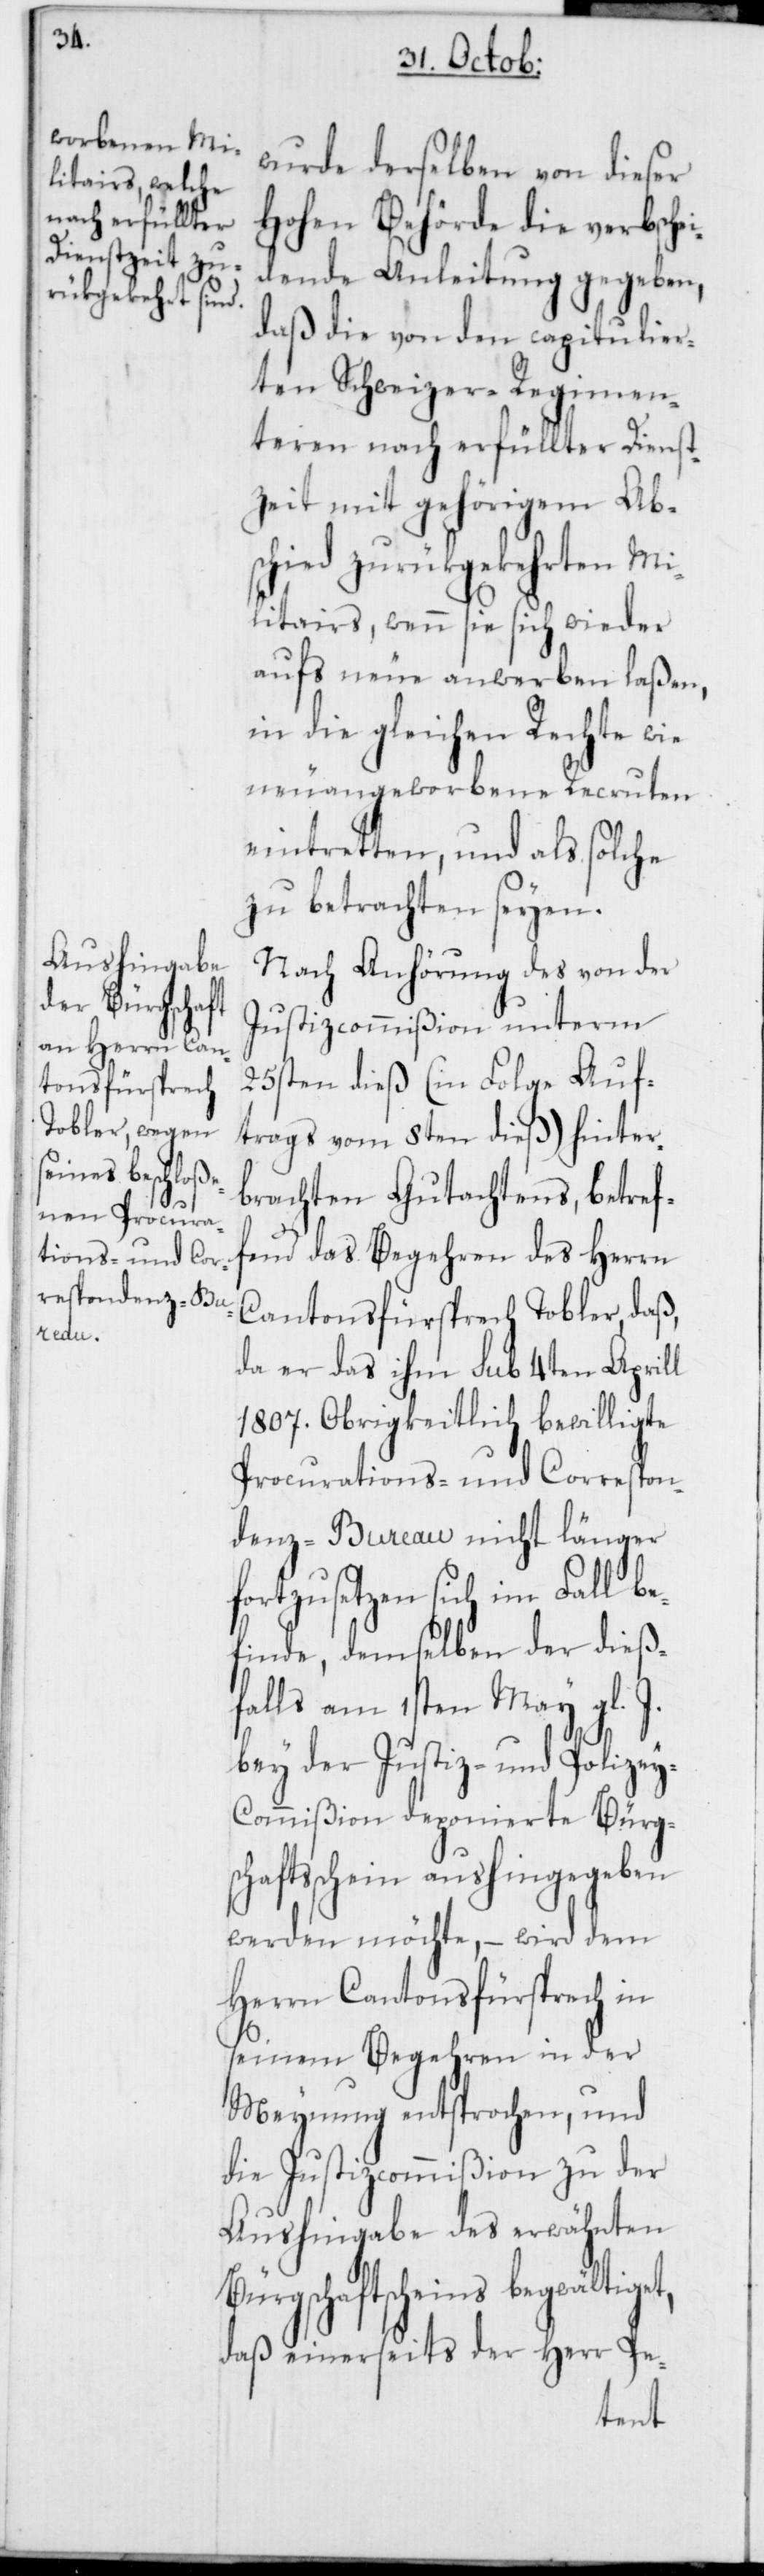
wurde derselben von dieser
Hohen Behörde die verbsche¬
daß die von den capitulier¬
ten Schweizer-Regimen¬
teren nach erfüllter Dienst¬
zeit mit gehörigem Abs¬
chied zurükgekehrten Mi¬
litairs, wenn sie sich wieder
aufs neue anwerben laßen,
in die gleichen Rechte wie
neuangeworbene Recruten
eintretten, und als solche
zu betrachten seyen.
Nach Anhörung des von der
Justizcommißion unterm
25sten dieß (in Folge Auf¬
trags vom 8ten dieß) hinter¬
brachten Gutachtens, betref¬
Cantonsfürsprech Tobler, daß,
da er das ihm sub 4ten Aprill
1807. Obrigkeitlich bewilligte
Procurations- und Correspon¬
denz-Bureau nicht länger
fortzusetzen sich im Fall be¬
finde, demselben der dieß¬
falls am 1sten May gl. J.
bey der Justiz- und Polize¬
y-Commißion deponierte Bürg¬
schaftsschein aushingegeben
werden möchte, – wird dem
Herrn Cantonsfürsprech in
seinem Begehren in der
Meynung entsprochen, und
die Justizcommißion zu der
Aushingabe des erwähnten
Bürgschaftscheins begwältiget,
daß einerseits der Herr Pe-
fend